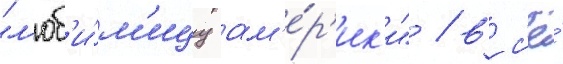
"л'юб'и́м'ицу ам'е́р'ик'и" / вс'ё́